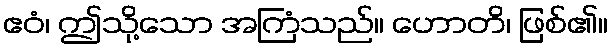
ဧဝံ၊ ဤသို့သော အကြံသည်။ ဟောတိ၊ ဖြစ်၏။